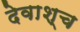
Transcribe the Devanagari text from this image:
देवाश्च